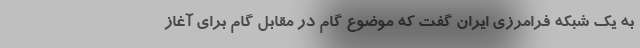
به یک شبکه فرامرزی ایران گفت که موضوع گام در مقابل گام برای آغاز